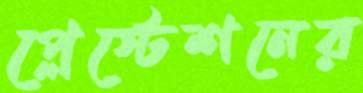
প্লেস্টেশনের